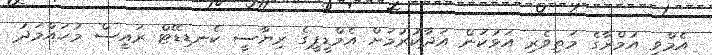
އެމްވީ އުމްރާގެ މަތިވެރި އަޅުކަން އަދާކުރުމަށް އެމްޑީޕީގެ ރިޔާސީ ކެނޑިޑޭޓް ރައީސް މުހައްމަދު